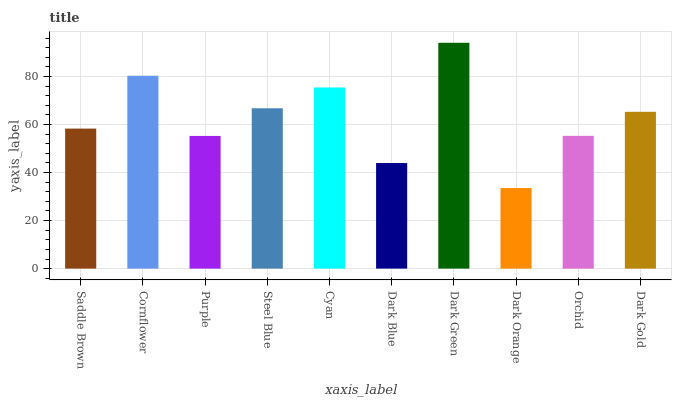
| xaxis_label | bars |
 | --- | --- |
 | Saddle Brown | 58.3 |
 | Cornflower | 80.3 |
 | Purple | 55.3 |
 | Steel Blue | 66.8 |
 | Cyan | 75.5 |
 | Dark Blue | 44 |
 | Dark Green | 94.1 |
 | Dark Orange | 33.6 |
 | Orchid | 55.3 |
 | Dark Gold | 65.3 |